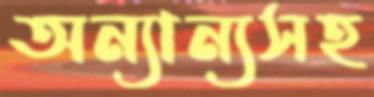
অন্যান্যসহ